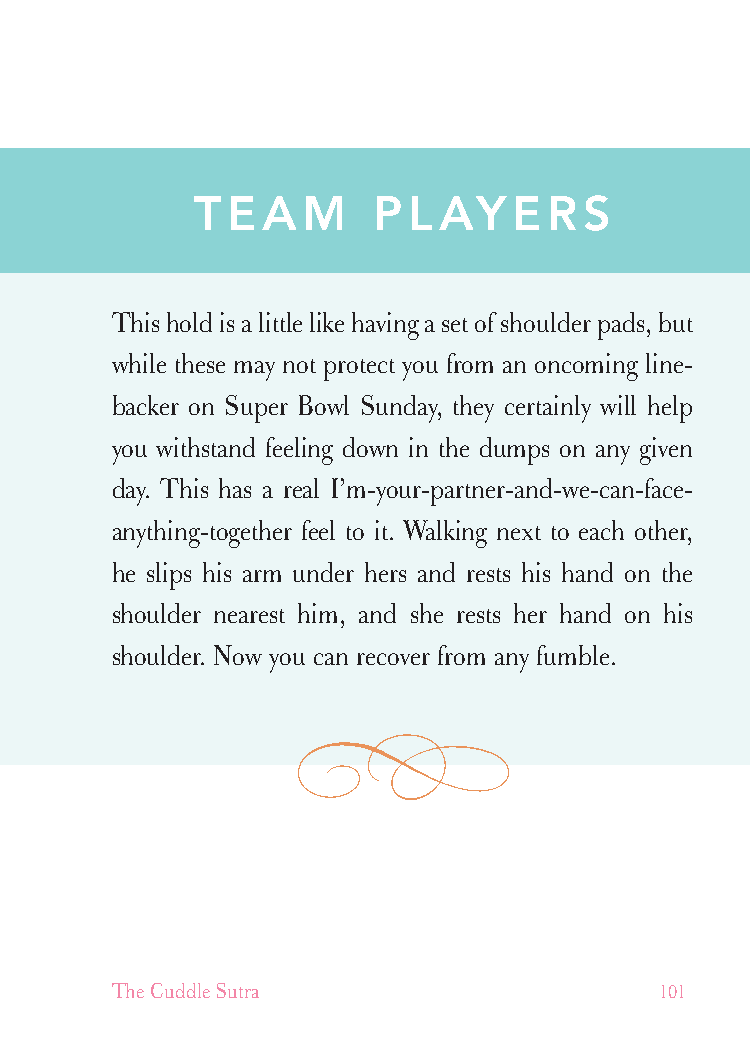
cudllesutra_internals1 7/16/07 2:51 PM Page 101
 TEAM        PLAYERS
 This hold is a little like having a set of shoulder pads, but
 while these may not protect you from an oncoming line-
 backer on Super Bowl Sunday, they certainly will help
 you withstand feeling down in the dumps on any given
 day. This has a real I’m-your-partner-and-we-can-face-
 anything-together feel to it. Walking next to each other,
 he slips his arm under hers and rests his hand on the
 shoulder nearest him, and she rests her hand on his
 shoulder. Now you can recover from any fumble.
 The Cuddle Sutra                     101